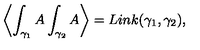
\left\langle \int _ { \gamma _ { 1 } } A \int _ { \gamma _ { 2 } } A \right\rangle = L i n k ( \gamma _ { 1 } , \gamma _ { 2 } ) ,